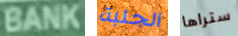
BANK الجلبة ستراها